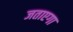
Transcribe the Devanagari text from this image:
जताएगा